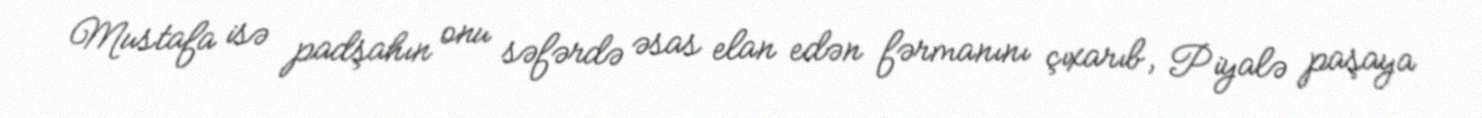
Mustafa isə padşahın onu səfərdə əsas elan edən fərmanını çıxarıb, Piyalə paşaya